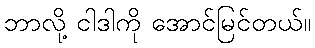
ဘာလို့ ငါဒါကို အောင်မြင်တယ်။